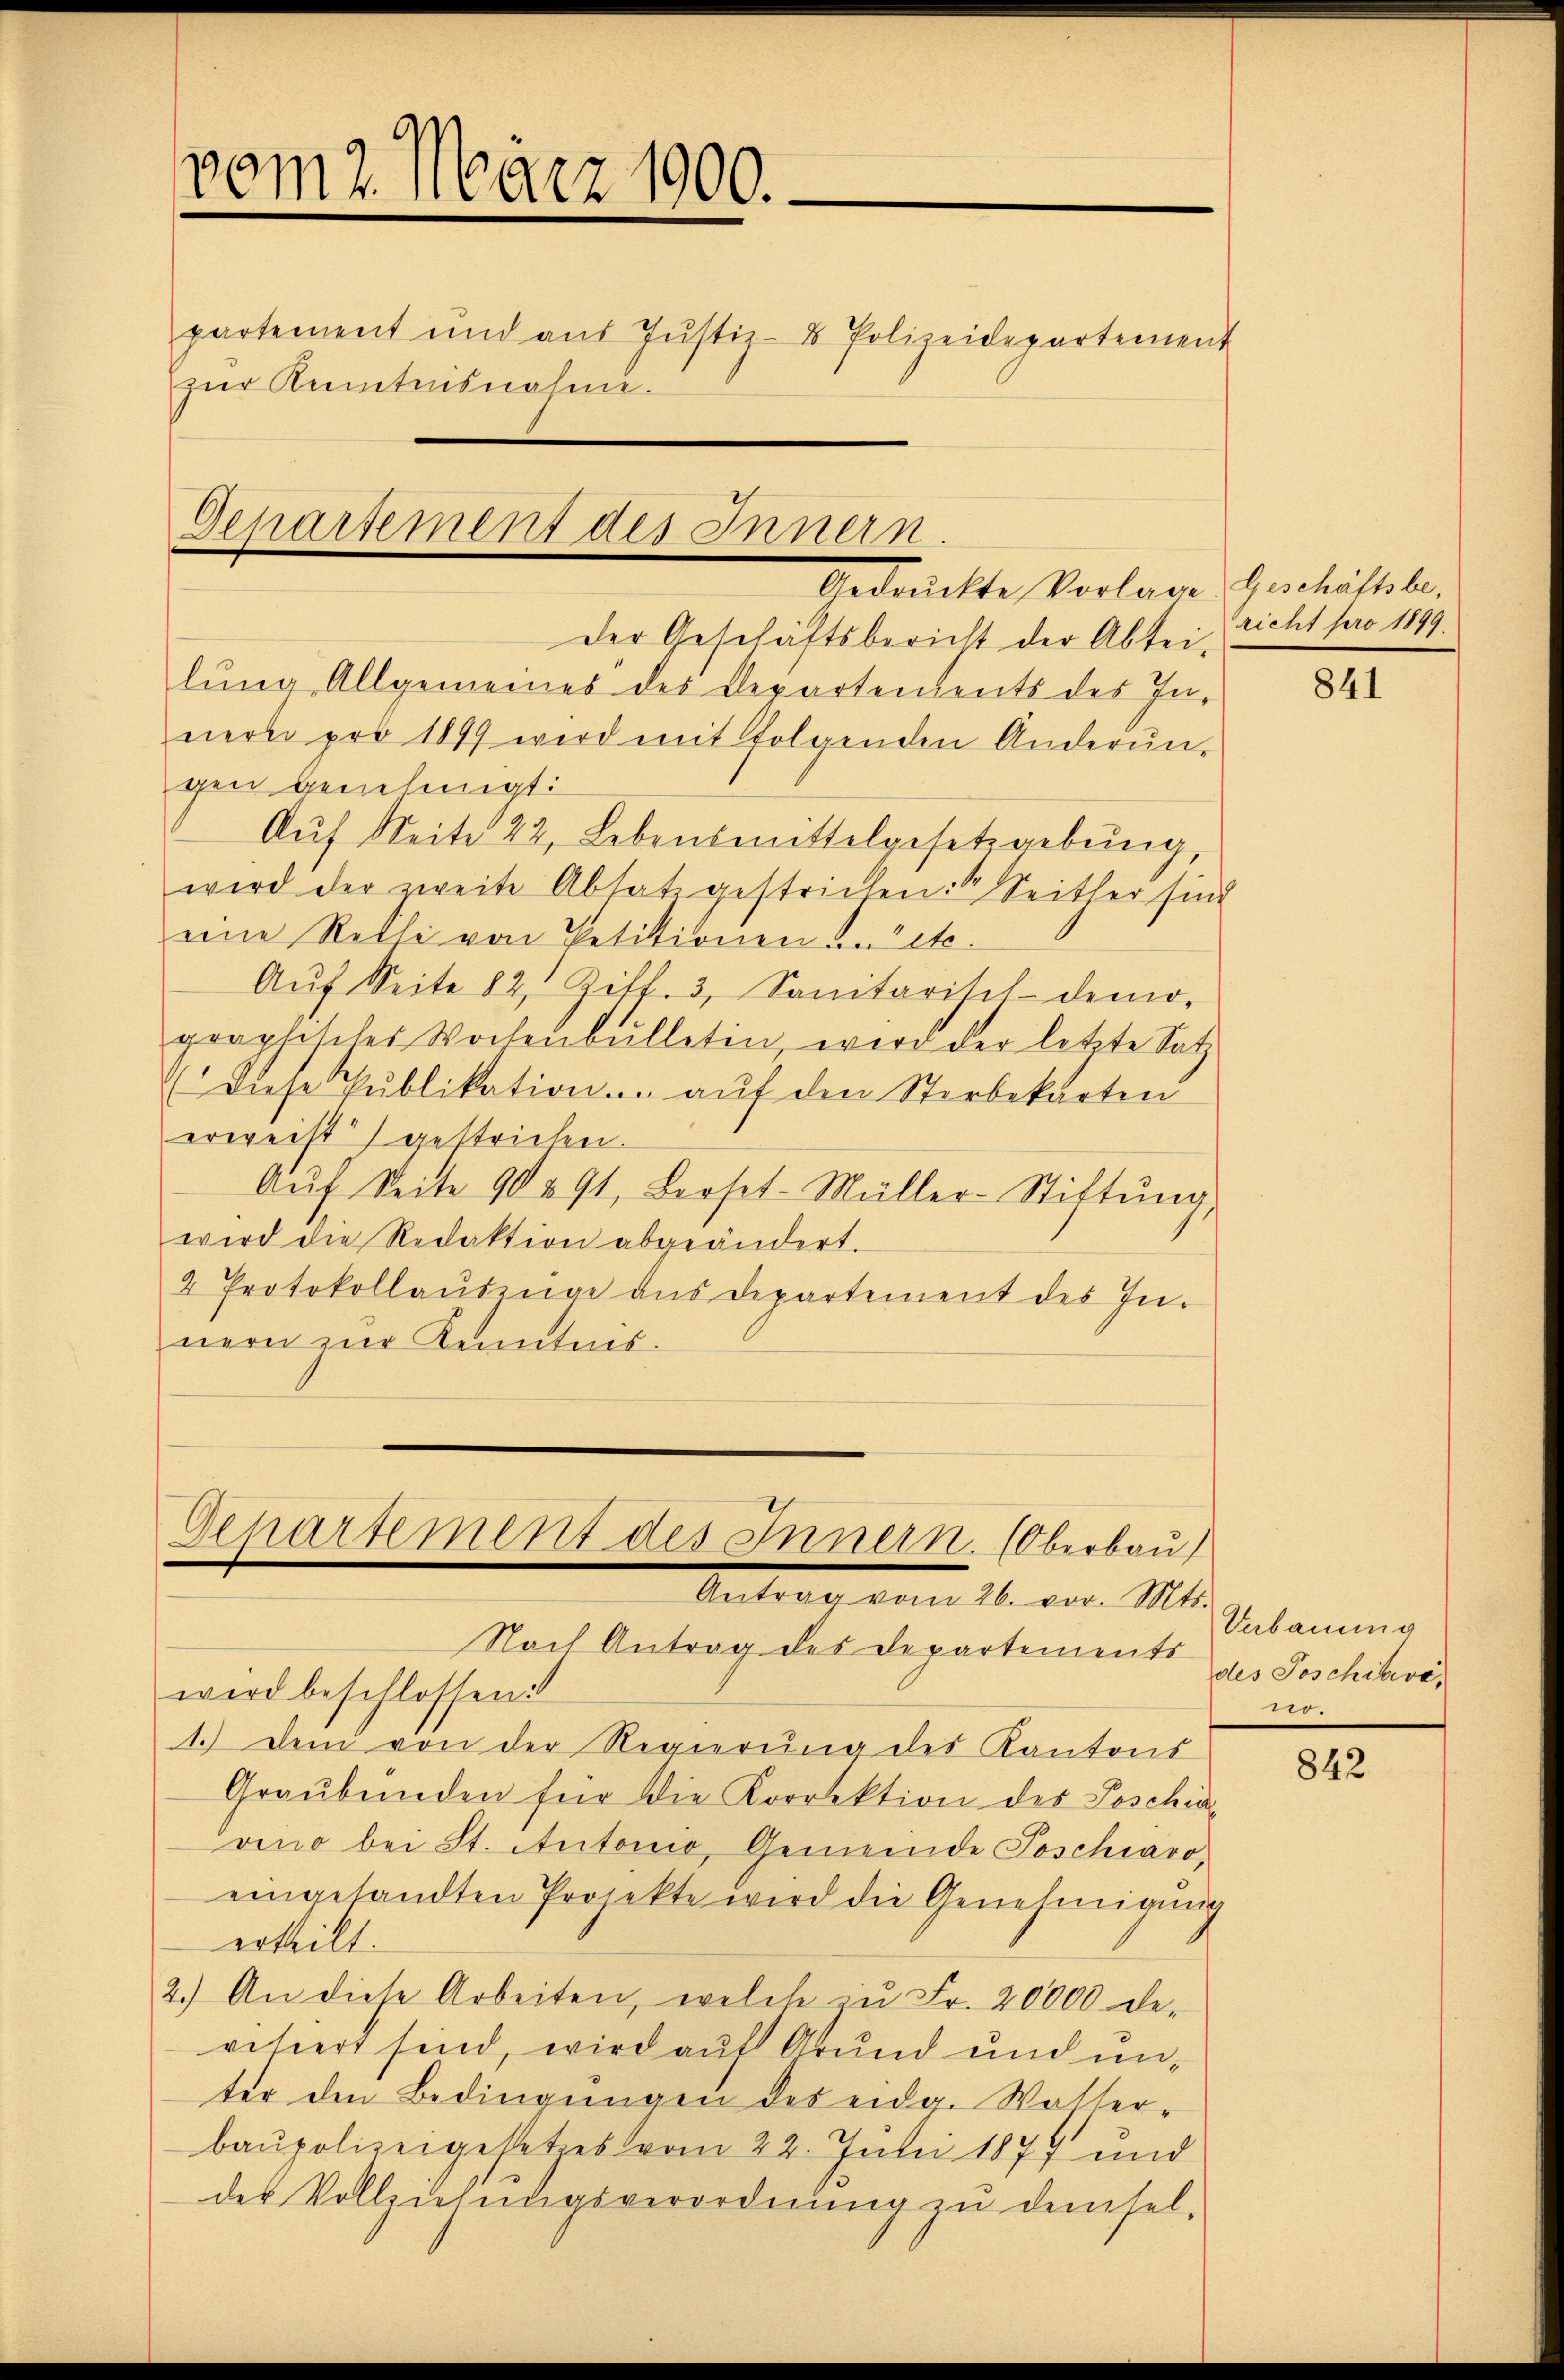
vom 2. März 1900.
.
partement und aŭs Jŭstiz- & Polizeidepartement
zŭr Kenntnisnahme.

Departement des Innern.
bedrückte Vorlage Geschäftsbe

der Geschäftsbericht der Abtei-
lŭng Allgemeines des Departendents des In-
nern pro 1899 wird mit folgenden Anderŭn-
gen genehmigt:
Auf Seite 22, Lebensmittelgesetzgebung,
wird der zweite Absatz gestrichen: Seither sind
eine Reche von Petitionen an etc.
Aŭf Seite 82, Zitt. 3, Sanitarisch-demo-
graphisches Wochenbülletin, wird der letzte Satz
diese Pŭblikation . aŭf den Sterbekarten
erweitt gestrichen.
Aŭf Seite 90 § 91. Leoset-Müller-Stiftŭng,
wird die Redaktion abgeändert.
2 Protokollaŭbenge aus departement des In-
nern zur Kenntnis.

Departement des Innern. (Oberbau
Antrag vom 26. vor. Mts.

Nach Antrag des Departement des Poschikvéwird beschlossen:
1.) Dem von der Regierŭng des Kantons
Graŭbenden für die Korrektion des Poschia-
vino bei St. Antonio, Gemeinde Poschiavo-
eingesandten Projekte wird die Genehmigŭng
ertheilt.
2.) An diese Arbeiten, welche in Fr. 20000 de-
visiert sind, wird auf Grund und unter den Bedingungen des eidg. Watter-
baupolizeigesetzes vom 22. Junii 1877 und
des Vollziehungsverordnŭng zŭ demsel-

richt pro 1899.

841

Verbauung
no.

842